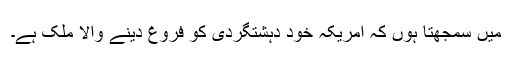
میں سمجھتا ہوں کہ امریکہ خود دہشتگردی کو فروغ دینے والا ملک ہے۔